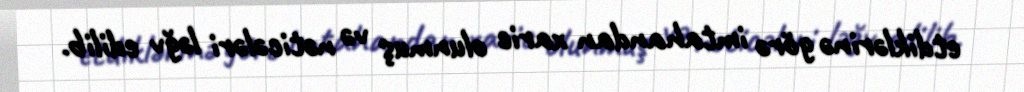
etdiklərinə görə imtahandan xaric olunmuş və nəticələri ləğv edilib.